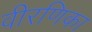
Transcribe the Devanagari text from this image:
वीरणिका